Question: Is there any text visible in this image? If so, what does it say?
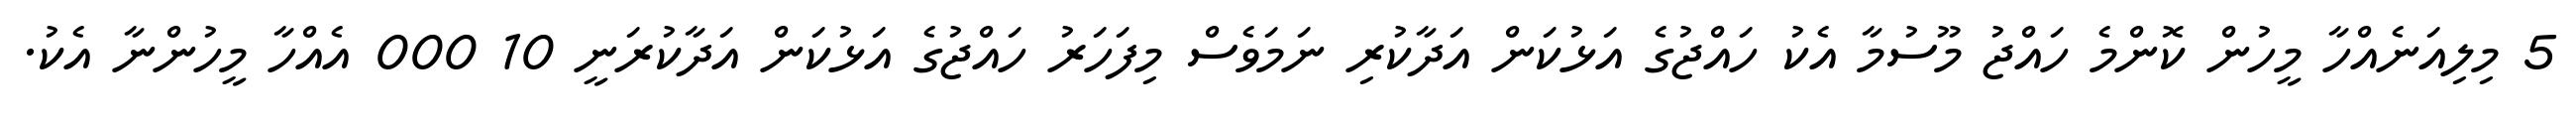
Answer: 5 މިލިއަނެއްހާ މީހުން ކޮންމެ ހައްޖު މޫސުމާ އެކު ހައްޖުގެ އަޅުކަން އަދާކުރި ނަމަވެސް މިފަހަރު ހައްޖުގެ އަޅުކަން އަދާކުރަނީ 10 000 އެއްހާ މީހުންނާ އެކު.